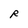
Character: R